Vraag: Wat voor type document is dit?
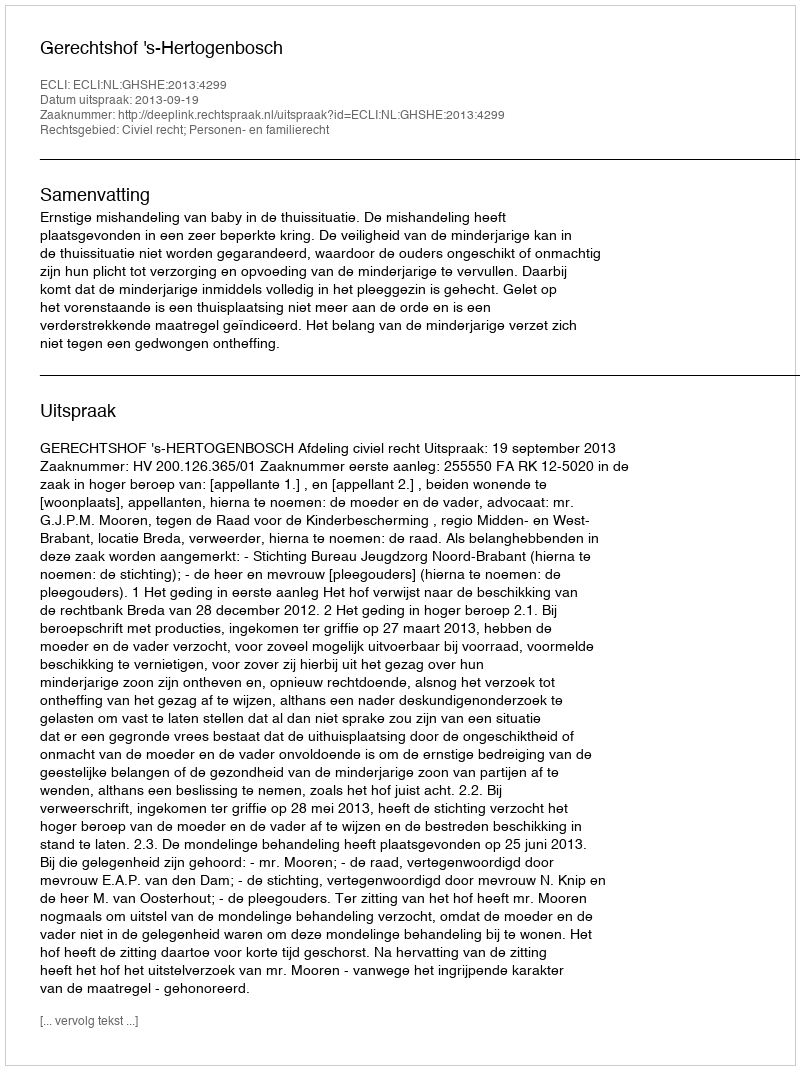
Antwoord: Uitspraak